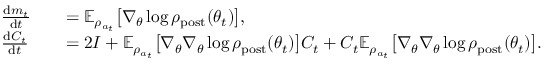
\begin{array} { r l r l } & { \frac { \mathrm { d } m _ { t } } { \mathrm { d } t } } & & { = \mathbb { E } _ { \rho _ { a _ { t } } } \bigl [ \nabla _ { \theta } \log \rho _ { \mathrm { p o s t } } ( \theta _ { t } ) \bigr ] , } \\ & { \frac { \mathrm { d } C _ { t } } { \mathrm { d } t } } & & { = 2 I + \mathbb { E } _ { \rho _ { a _ { t } } } \bigl [ \nabla _ { \theta } \nabla _ { \theta } \log \rho _ { \mathrm { p o s t } } ( \theta _ { t } ) \bigr ] C _ { t } + C _ { t } \mathbb { E } _ { \rho _ { a _ { t } } } \bigl [ \nabla _ { \theta } \nabla _ { \theta } \log \rho _ { \mathrm { p o s t } } ( \theta _ { t } ) \bigr ] . } \end{array}